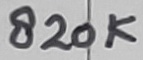
Text: 820K